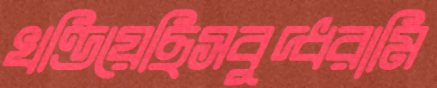
খণ্ডিয়েছিসবুদ্ধরামি